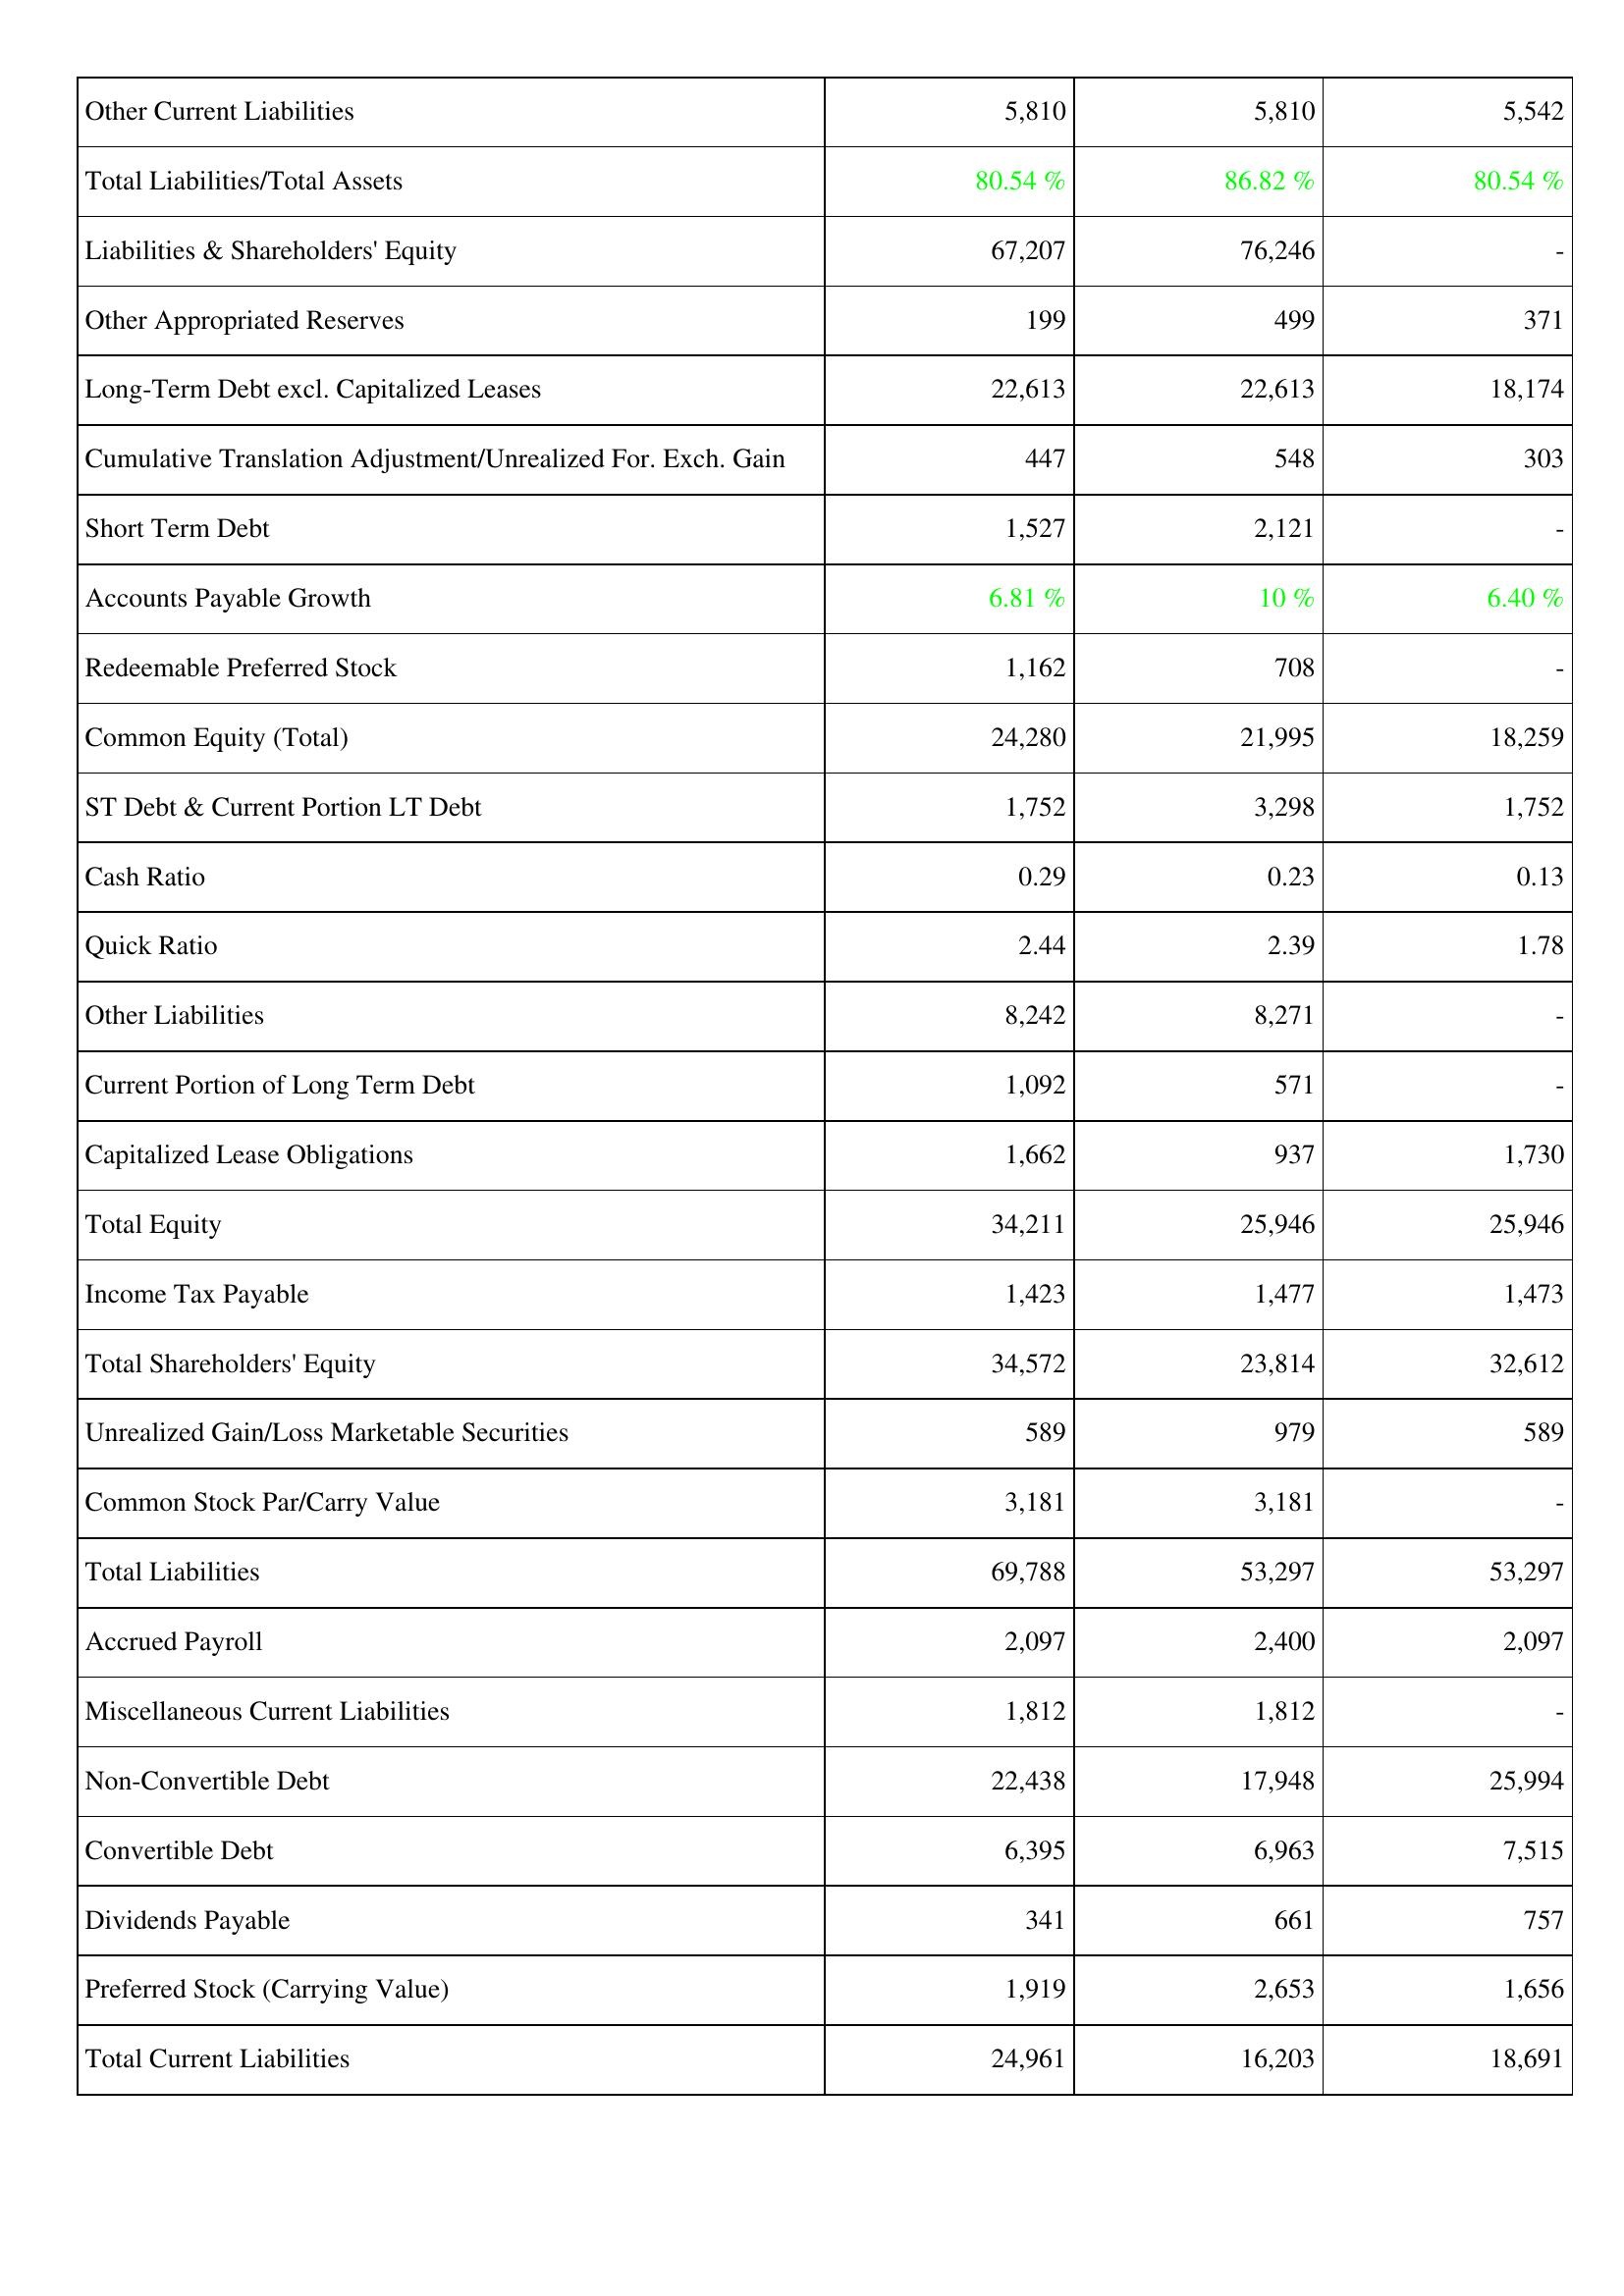
2020: Liabilities & Shareholders' Equity: Other Current Liabilities: 5,810
Total Liabilities/Total Assets: 80.54 %
Liabilities & Shareholders' Equity: 67,207
Other Appropriated Reserves: 199
Long-Term Debt excl. Capitalized Leases: 22,613
Cumulative Translation Adjustment/Unrealized For. Exch. Gain: 447
Short Term Debt: 1,527
Accounts Payable Growth: 6.81 %
Redeemable Preferred Stock: 1,162
Common Equity (Total): 24,280
ST Debt & Current Portion LT Debt: 1,752
Cash Ratio: 0.29
Quick Ratio: 2.44
Other Liabilities: 8,242
Current Portion of Long Term Debt: 1,092
Capitalized Lease Obligations: 1,662
Total Equity: 34,211
Income Tax Payable: 1,423
Total Shareholders' Equity: 34,572
Unrealized Gain/Loss Marketable Securities: 589
Common Stock Par/Carry Value: 3,181
Total Liabilities: 69,788
Accrued Payroll: 2,097
Miscellaneous Current Liabilities: 1,812
Non-Convertible Debt: 22,438
Convertible Debt: 6,395
Dividends Payable: 341
Preferred Stock (Carrying Value): 1,919
Total Current Liabilities: 24,961
2021: Liabilities & Shareholders' Equity: Other Current Liabilities: 5,810
Total Liabilities/Total Assets: 86.82 %
Liabilities & Shareholders' Equity: 76,246
Other Appropriated Reserves: 499
Long-Term Debt excl. Capitalized Leases: 22,613
Cumulative Translation Adjustment/Unrealized For. Exch. Gain: 548
Short Term Debt: 2,121
Accounts Payable Growth: 10 %
Redeemable Preferred Stock: 708
Common Equity (Total): 21,995
ST Debt & Current Portion LT Debt: 3,298
Cash Ratio: 0.23
Quick Ratio: 2.39
Other Liabilities: 8,271
Current Portion of Long Term Debt: 571
Capitalized Lease Obligations: 937
Total Equity: 25,946
Income Tax Payable: 1,477
Total Shareholders' Equity: 23,814
Unrealized Gain/Loss Marketable Securities: 979
Common Stock Par/Carry Value: 3,181
Total Liabilities: 53,297
Accrued Payroll: 2,400
Miscellaneous Current Liabilities: 1,812
Non-Convertible Debt: 17,948
Convertible Debt: 6,963
Dividends Payable: 661
Preferred Stock (Carrying Value): 2,653
Total Current Liabilities: 16,203
2022: Liabilities & Shareholders' Equity: Other Current Liabilities: 5,542
Total Liabilities/Total Assets: 80.54 %
Liabilities & Shareholders' Equity: -
Other Appropriated Reserves: 371
Long-Term Debt excl. Capitalized Leases: 18,174
Cumulative Translation Adjustment/Unrealized For. Exch. Gain: 303
Short Term Debt: -
Accounts Payable Growth: 6.40 %
Redeemable Preferred Stock: -
Common Equity (Total): 18,259
ST Debt & Current Portion LT Debt: 1,752
Cash Ratio: 0.13
Quick Ratio: 1.78
Other Liabilities: -
Current Portion of Long Term Debt: -
Capitalized Lease Obligations: 1,730
Total Equity: 25,946
Income Tax Payable: 1,473
Total Shareholders' Equity: 32,612
Unrealized Gain/Loss Marketable Securities: 589
Common Stock Par/Carry Value: -
Total Liabilities: 53,297
Accrued Payroll: 2,097
Miscellaneous Current Liabilities: -
Non-Convertible Debt: 25,994
Convertible Debt: 7,515
Dividends Payable: 757
Preferred Stock (Carrying Value): 1,656
Total Current Liabilities: 18,691